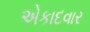
એકાદવાર